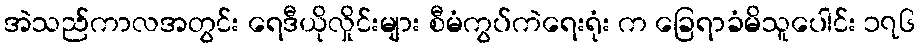
အဲသည်ကာလအတွင်း ရေဒီယိုလှိုင်းများ စီမံကွပ်ကဲရေးရုံး က ခြေရာခံမိသူပေါင်း ၁၇၆